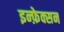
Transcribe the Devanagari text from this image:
इन्फ़ेक्सन